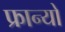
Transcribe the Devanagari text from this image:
फ्रान्यो